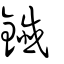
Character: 鑯